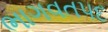
ભાગવતપદ